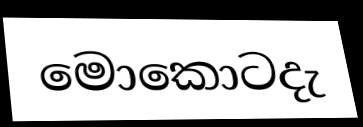
මොකොටදැ